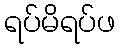
ရပ်မိရပ်ဖ